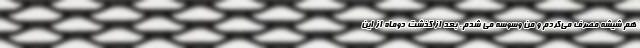
هم شیشه مصرف می‌کردم و من وسوسه می شدم. بعد از گذشت دوماه از این